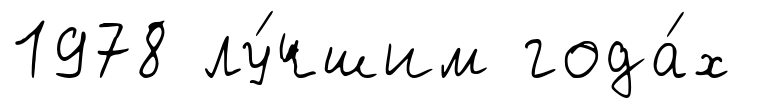
1978 лу́чшим года́х